Papers set at the Examination for Leaving Certificates, 1895
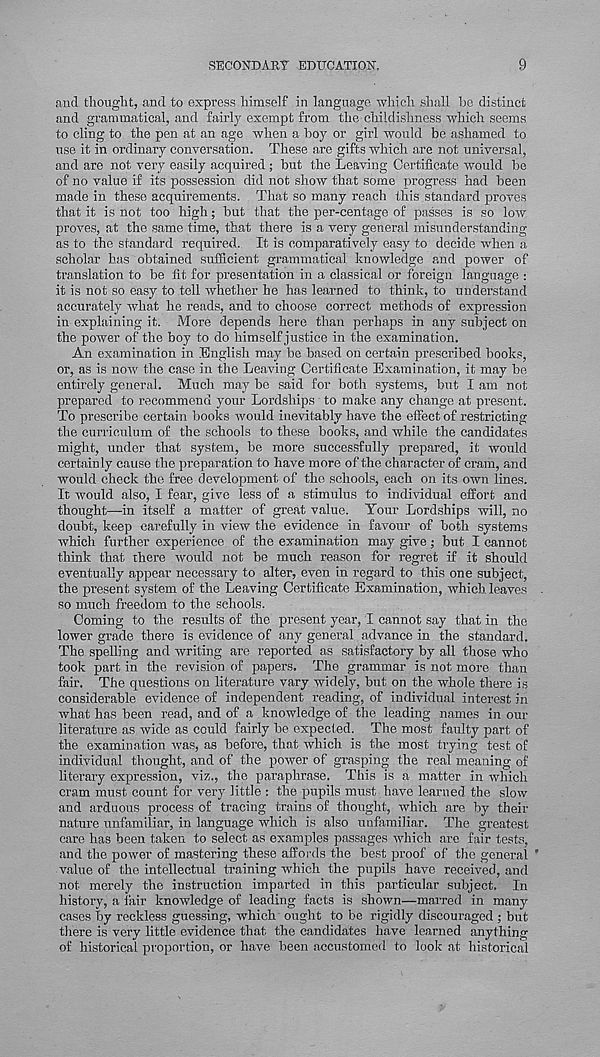
SECONDARY EDUCATION.
9
and thought, and to express himself in language which shall be distinct
and grammatical, and fairly exempt from the childishness which seems
to cling to the pen at an age when a boy or girl would be ashamed to
use it in ordinary conversation. These are gifts which are not universal,
and are not very easily acquired ; but the Leaving Certificate would bo
of no value if its possession did not show that some progress had been
made in these acquirements. That so many reach this standard proves
that it is not too high; but that the per-centage of passes is so low
proves, at the same time, that there is a very general misunderstanding
as to the standard required. It is comparatively easy to decide when a
scholar has obtained sufficient grammatical knowledge and power of
translation to be fit for presentation in a classical or foreign language :
it is not so easy to tell whether he has learned to think, to understand
accurately what he reads, and to choose correct methods of expression
in explaining it. More depends here than perhaps in any subject on
the power of the boy to do himself justice in the examination.
An examination in English may be based on certain prescribed books,
or, as is now the case in the Leaving Certificate Examination, it may be
entirely general. Much may be said for both systems, but I am not
prepared to recommend your Lordships to make any change at present.
To prescribe certain books would inevitably have the effect of restricting
the curriculum of the schools to these books, and while the candidates
might, under that system, be more successfully prepared, it would
certainly cause the preparation to have more of the character of ci’am, and
would check the free development of the schools, each on its own lines.
It would also, I fear, give less of a stimulus to individual effort and
thought—in itself a matter of great value. Your Lordships will, no
doubt, keep carefully in view the evidence in favour of both systems
which further experience of the examination may give; but I cannot
think that there would not be much reason for regret if it should
eventually appear necessary to alter, even in regard to this one subject,
the present system of the Leaving Certificate Examination, which leaves
so much freedom to the schools.
Coming to the results of the present year, I cannot say that in the
lower grade there is evidence of any general advance in the standard.
The spelling and writing are reported as satisfactory by all those who
took part in the revision of papers. The grammar is not more than
fair. The questions on literature vary widely, but on the whole there is
considerable evidence of independent reading, of individual interest in
what has been read, and of a knowledge of the leading names in our
literature as wide as could fairly be expected. The most faulty part of
the examination was, as before, that which is the most trying test of
individual thought, and of the power of grasping the real meaning of
literary expression, viz., the paraphrase. This is a matter in which
cram must count for very little : the pupils must have learned the slow
and arduous process of tracing trains of thought, which are by their
nature unfamiliar, in language which is also unfamiliar. The greatest
care has been taken to select as examples passages which are fair tests,
and the power of mastering these affords the best proof of the general '
value of the intellectual training which the pupils have received, and
not merely the imstruction imparted in this particular subject. In
history, a fair knowledge of leading facts is shown—marred in many
cases by reckless guessing, which ought to be rigidly discouraged ; but
there is very little evidence that the candidates have learned anything
of historical proportion, or have been accustomed to look at historical